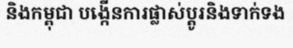
និងកម្ពុជា បង្កើនការផ្លាស់ប្តូរនិងទាក់ទង